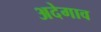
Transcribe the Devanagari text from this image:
अदेगाव